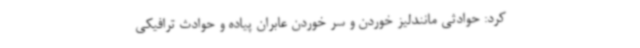
کرد: حوادثی مانندلیز خوردن و سر خوردن عابران پیاده و حوادث ترافیکی